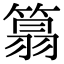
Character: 䈳